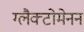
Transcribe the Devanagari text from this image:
ग्लैक्टोमेनन